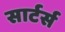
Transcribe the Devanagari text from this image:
सार्टर्स